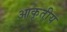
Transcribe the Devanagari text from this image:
आकृतीय